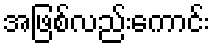
အဖြစ်လည်းကောင်း